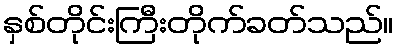
နှစ်တိုင်းကြီးတိုက်ခတ်သည်။